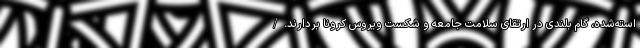
استه‌شده، گام بلندی در ارتقای سلامت جامعه و شکست ویروس کرونا بردارند./